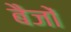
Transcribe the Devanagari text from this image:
बैजों